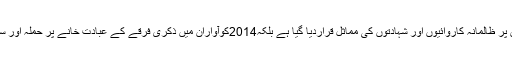
اختر کی ہلاکت کو نہ صرف لشکرخراساں کی ذکریوں پر ظالمانہ کاروائیوں اور شہادتوں کی مماثل قراردیا گیا ہے بلکہ2014کوآواران میں ذکری فرقے کے عبادت خانے پر حملہ اور سات ذکری بلوچوں کی شہادت جیسا واقعہ قراردیا ہے ۔